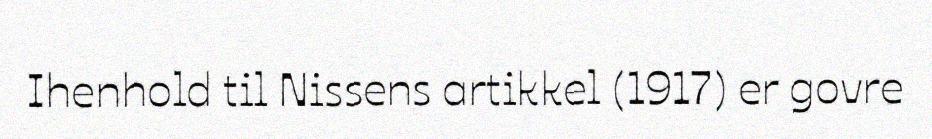
Ihenhold til Nissens artikkel (1917) er govre